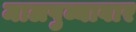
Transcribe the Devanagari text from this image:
मालपुव्यावार